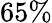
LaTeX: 65\%